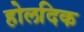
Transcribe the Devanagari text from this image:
होलदिक